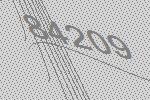
84209